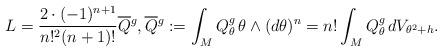
LaTeX: \begin{align*}L=\frac{2\cdot(-1)^{n+1}}{n!^2(n+1)!}\smash{\overline{Q}}^g,\smash{\overline{Q}}^g:=\int_MQ^g_\theta\,\theta\wedge(d\theta)^n=n!\int_MQ^g_\theta\,dV_{\theta^2+h}.\end{align*}